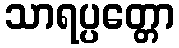
သာရပ္ပတ္တော